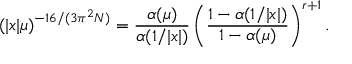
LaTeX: \left( | x | \mu \right) ^ { - 1 6 / ( 3 \pi ^ { 2 } N ) } = { \frac { \alpha ( \mu ) } { \alpha ( 1 / | x | ) } } \left( { \frac { 1 - \alpha ( 1 / | x | ) } { 1 - \alpha ( \mu ) } } \right) ^ { r + 1 } .